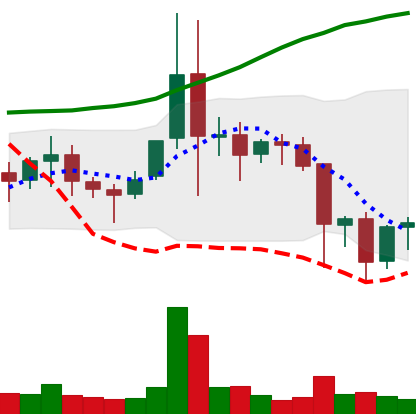
Ticker: ETC-USD
Chart end date: 2021-11-20
Forward return: -5.591%
Label: down_5_7